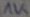
Text: 1K